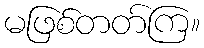
မဖြစ်တတ်ကြ။